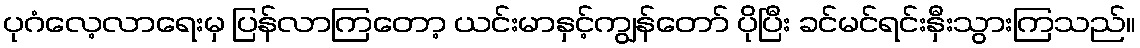
ပုဂံလေ့လာရေးမှ ပြန်လာကြတော့ ယင်းမာနှင့်ကျွန်တော် ပိုပြီး ခင်မင်ရင်းနှီးသွားကြသည်။